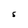
Character: S